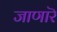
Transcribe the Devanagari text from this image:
जाणारॆ